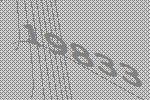
19833